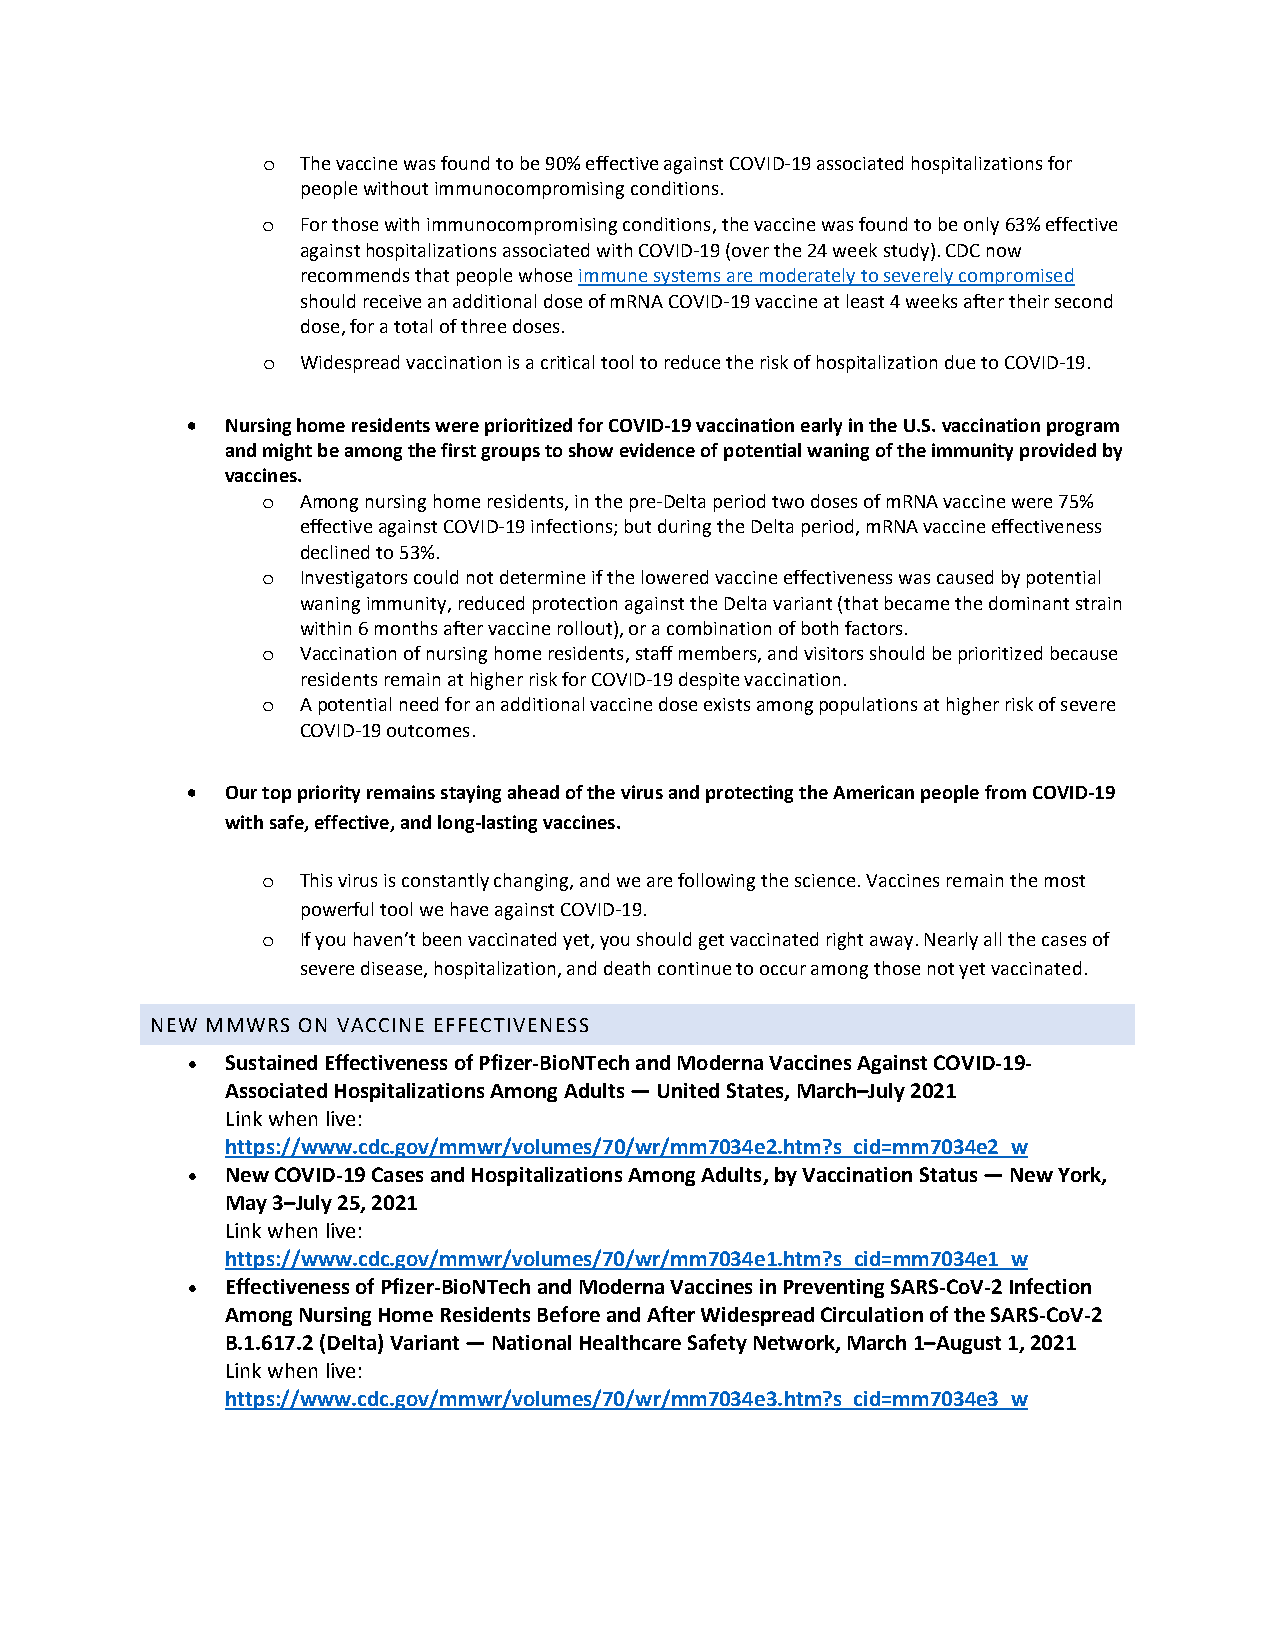
The vaccine was found to be 90% effective against COVID-19 associated hospitalizations for
 o
 people without immunocompromising conditions.
 For those with immunocompromising conditions, the vaccine was found to be only 63% effective
 o
 against hospitalizations associated with COVID-19 (over the 24 week study). CDC now
 recommends that people whose immune systems are moderately to severely compromised
 should receive an additional dose of mRNA COVID-19 vaccine at least 4 weeks after their second
 dose, for a total of three doses.
 Widespread vaccination is a critical tool to reduce the risk of hospitalization due to COVID-19.
 o
 •  Nursing home residents were prioritized for COVID-19 vaccination early in the U.S. vaccination program
 and might be among the first groups to show evidence of potential waning of the immunity provided by
 vaccines.
 Among nursing home residents, in the pre-Delta period two doses of mRNA vaccine were 75%
 o
 effective against COVID-19 infections; but during the Delta period, mRNA vaccine effectiveness
 declined to 53%.
 Investigators could not determine if the lowered vaccine effectiveness was caused by potential
 o
 waning immunity, reduced protection against the Delta variant (that became the dominant strain
 within 6 months after vaccine rollout), or a combination of both factors.
 Vaccination of nursing home residents, staff members, and visitors should be prioritized because
 o
 residents remain at higher risk for COVID-19 despite vaccination.
 A potential need for an additional vaccine dose exists among populations at higher risk of severe
 o
 COVID-19 outcomes.
 •  Our top priority remains staying ahead of the virus and protecting the American people from COVID-19
 with safe, effective, and long-lasting vaccines.
 This virus is constantly changing, and we are following the science. Vaccines remain the most
 o
 powerful tool we have against COVID-19.
 If you haven’t been vaccinated yet, you should get vaccinated right away. Nearly all the cases of
 o
 severe disease, hospitalization, and death continue to occur among those not yet vaccinated.
 NEW MMWRS ON VACCINE EFFECTIVENESS
 •  Sustained Effectiveness of Pfizer-BioNTech and Moderna Vaccines Against COVID-19-
 Associated Hospitalizations Among Adults — United States, March–July 2021
 Link when live:
 https://www.cdc.gov/mmwr/volumes/70/wr/mm7034e2.htm?s_cid=mm7034e2_w
 •  New COVID-19 Cases and Hospitalizations Among Adults, by Vaccination Status — New York,
 May 3–July 25, 2021
 Link when live:
 https://www.cdc.gov/mmwr/volumes/70/wr/mm7034e1.htm?s_cid=mm7034e1_w
 •  Effectiveness of Pfizer-BioNTech and Moderna Vaccines in Preventing SARS-CoV-2 Infection
 Among Nursing Home Residents Before and After Widespread Circulation of the SARS-CoV-2
 B.1.617.2 (Delta) Variant — National Healthcare Safety Network, March 1–August 1, 2021
 Link when live:
 https://www.cdc.gov/mmwr/volumes/70/wr/mm7034e3.htm?s_cid=mm7034e3_w